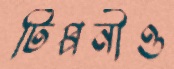
টিপ্পনীও